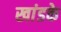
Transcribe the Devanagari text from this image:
खांडके